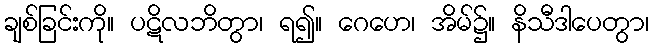
ချစ်ခြင်းကို။ ပဋိလဘိတွာ၊ ရ၍။ ဂေဟေ၊ အိမ်၌။ နိသီဒါပေတွာ၊